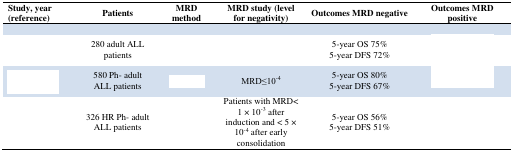
<table><thead><tr><td><b>Study, year (reference)</b></td><td><b>Patients</b></td><td><b>MRD method</b></td><td><b>MRD study (level for negativity)</b></td><td><b>Outcomes MRD negative</b></td><td><b>Outcomes MRD positive</b></td></tr></thead><tbody><tr><td>[EMPTY_CELL]</td><td>280 adult ALL patients</td><td>[EMPTY_CELL]</td><td>[EMPTY_CELL]</td><td>5-year OS 75%5-year DFS 72%</td><td>[EMPTY_CELL]</td></tr><tr><td>[EMPTY_CELL]</td><td>580 Ph- adult ALL patients</td><td>[EMPTY_CELL]</td><td>MRD≤10<sup>−4</sup></td><td>5-year OS 80%5-year DFS 67%</td><td>[EMPTY_CELL]</td></tr><tr><td>[EMPTY_CELL]</td><td>326 HR Ph- adult ALL patients</td><td>[EMPTY_CELL]</td><td>Patients with MRD&lt; 1 × 10<sup>−3</sup> after induction and &lt; 5 × 10<sup>−4</sup> after early consolidation</td><td>5-year OS 56%5-year DFS 51%</td><td>[EMPTY_CELL]</td></tr></tbody></table>